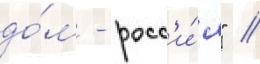
до́м - росс'и́я" //